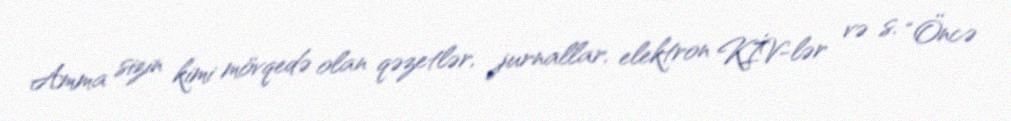
Amma sizin kimi mövqedə olan qəzetlər, jurnallar, elektron KİV-lər və s. “Öncə